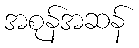
အစုန်အဆန်